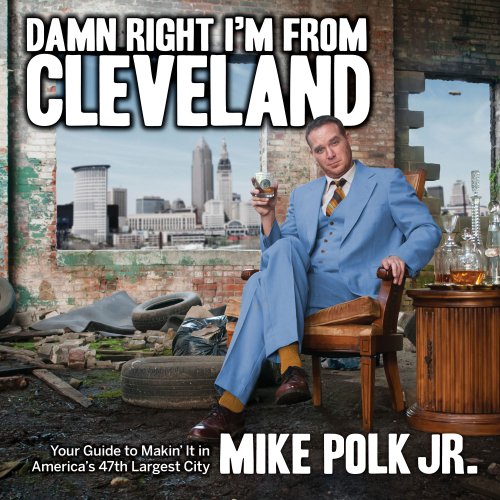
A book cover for Damn Right I'm From Cleveland: Your Guide to Makin' It in America's 47th Biggest City; Mike Polk Jr; Travel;